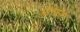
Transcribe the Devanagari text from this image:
प्लीसांस